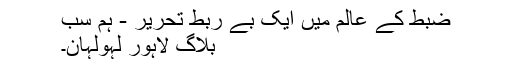
ضبط کے عالم میں ایک بے ربط تحریر - ہم سب
بلاگ لاہور لہولہان۔